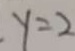
y = 2